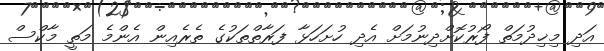
އަދި މިޚިދުމަތް ފޯރުކޮށްދިނުމަށް އެދި ހުށަހަޅާ ފަރާތްތަކުގެ ތެރެއިން އެންމެ މަތީ މާކްސް